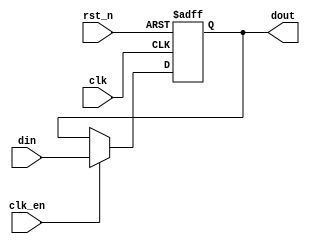
module parameterized_register #(
    parameter WIDTH = 8,           // Parameter for register width
    parameter RESET_VALUE = 0      // Parameter for reset value
)(
    input wire clk,                // Clock input
    input wire rst_n,              // Active-low asynchronous reset
    input wire clk_en,             // Clock enable input
    input wire [WIDTH-1:0] din,    // Data input
    output reg [WIDTH-1:0] dout    // Data output
);

    // Always block for synchronous operation with asynchronous reset
    always @(posedge clk or negedge rst_n) begin
        if (!rst_n) begin
            dout <= RESET_VALUE;    // Clear register to predefined value
        end else if (clk_en) begin
            dout <= din;             // Capture input data on clock edge
        end
    end

endmodule